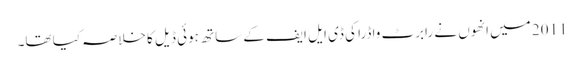
2011 میں انھوں نے رابرٹ واڈرا کی ڈی ایل ایف کے ساتھ ہوئی ڈیل کا خلاصہ کیا تھا۔